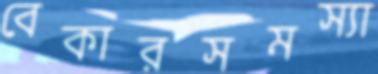
বেকারসমস্যা